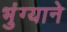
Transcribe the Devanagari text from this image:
भुंग्याने